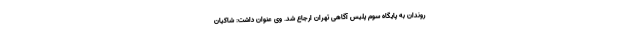
روندان به پایگاه سوم پلیس آگاهی تهران ارجاع شد. وی عنوان داشت: شاکیان